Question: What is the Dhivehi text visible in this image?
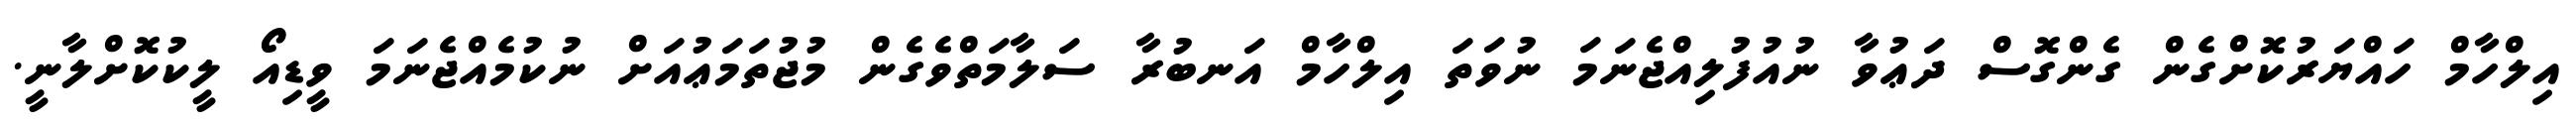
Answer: އިލްހާމް ހައްޔަރުކޮށްގެން ގެންގޮސް ދަޢުވާ ނުއުފުލިއްޖެނަމަ ނުވަތަ އިލްހާމް އަނބުރާ ސަލާމަތްވެގެން މުޖުތަމަޢުއަށް ނުކުމެއްޖެނަމަ ވީޑިއޯ ލީކުކޮށްލާނީ.